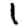
Digit: 1